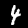
Digit: 4